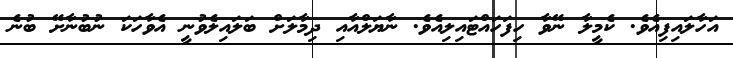
އަހާލައިފިއެވެ. ކެމީލާ ނޭވާ ހިފަހައްޓައިލިއެވެ. ނާޔަލްއާއި ދިމާލަށް ބަލައިލެވުނީ އެވާހަކަ ނުބުނާށޭ ބުނެ